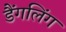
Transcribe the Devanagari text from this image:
डैंगलिंग